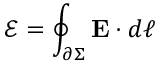
{ \mathcal { E } } = \oint _ { \partial \Sigma } \mathbf { E } \cdot d { \boldsymbol { \ell } }